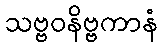
သဗ္ဗဝနိဗ္ဗကာနံ